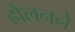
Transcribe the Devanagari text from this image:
हौलनने